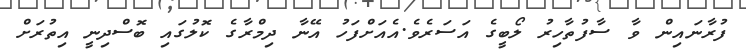
ފުރާނައިން ވާ ސާފުތާހިރު ލޯބީގެ އަސަރެވެ.އެއަށްފަހު އޭނާ ދިމްރާގެ ކޮލުގައި ބޮސްދިނީ އިތުރަށް